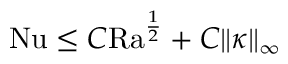
\begin{array} { r } { \mathrm { { N u } } \leq C \mathrm { { R a } } ^ { \frac { 1 } { 2 } } + C \| \kappa \| _ { \infty } } \end{array}